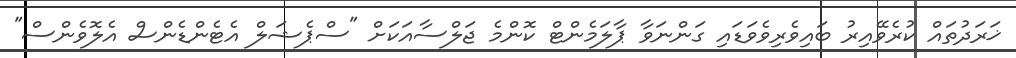
ޚަރަދުތައް ކުރެވޭއިރު ބައިވެރިވެވަޑައި ގަންނަވާ ޕާލަމެންޓް ކޮންމެ ޖަލްސާއަކަށް "ސްޕެޝަލް އެޓެންޑެންސް އެލޮވެންސް"